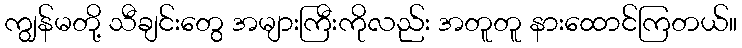
ကျွန်မတို့ သီချင်းတွေ အများကြီးကိုလည်း အတူတူ နားထောင်ကြတယ်။